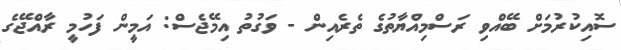
ސޮއިކުރުމަށް ބޭއްވި ރަސްމިއްޔާތުގެ ތެރެއިން - ވަގުތު އިމޭޖެސް: އަމީން ފަހުމީ ރާއްޖޭގެ